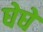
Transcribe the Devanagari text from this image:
घेघे